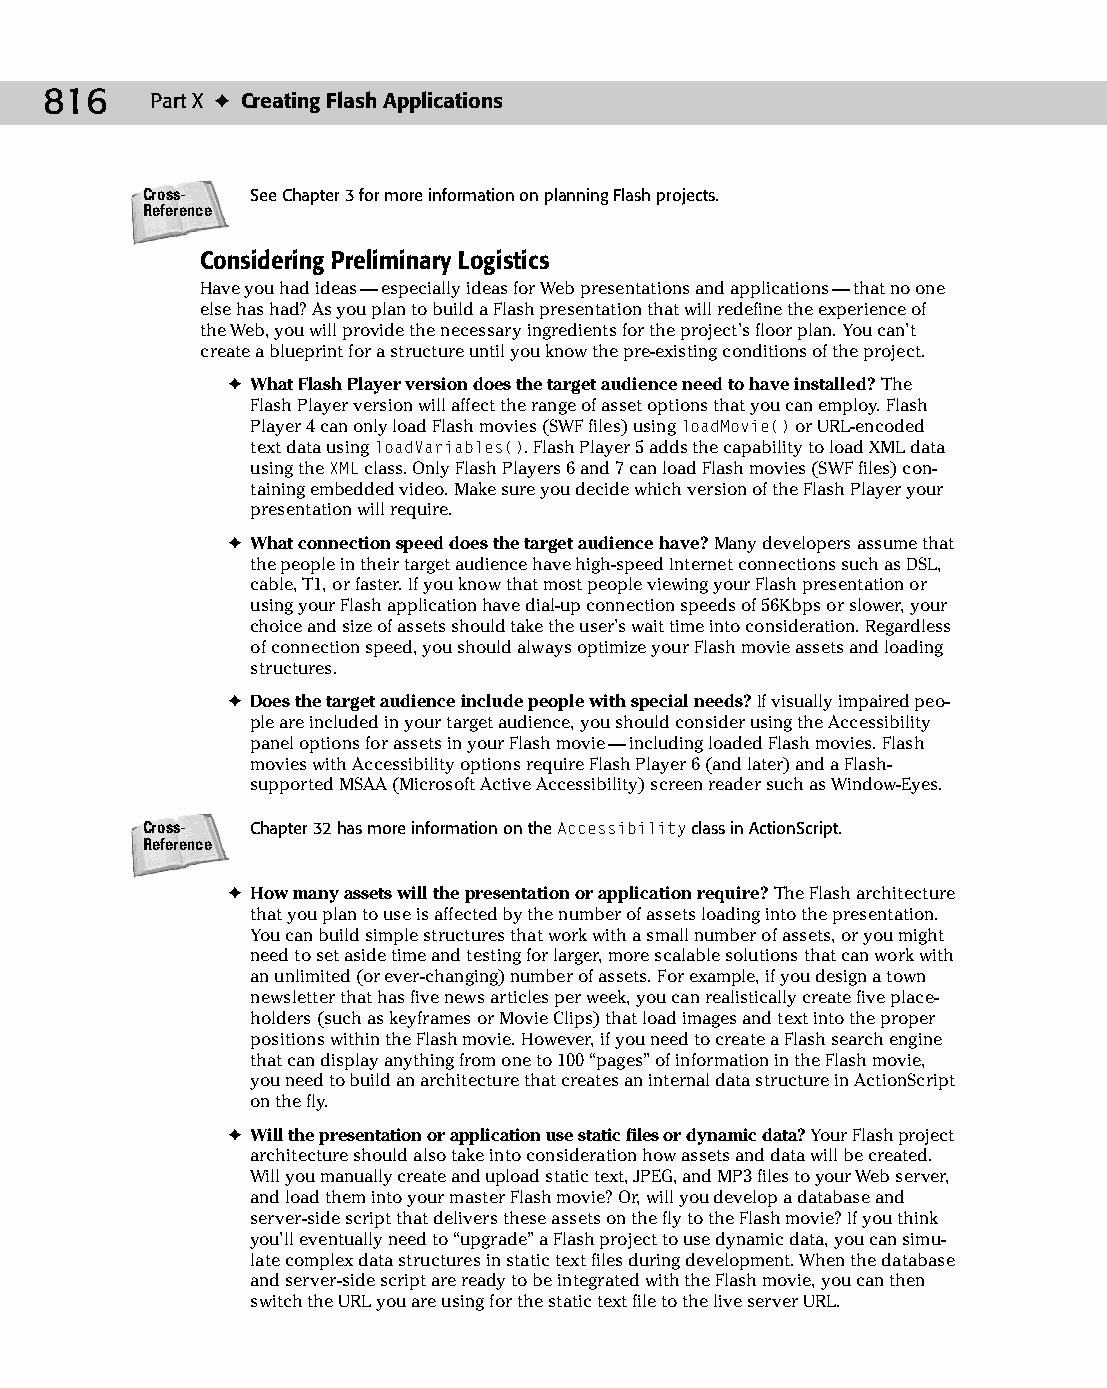
45 543547 ch34.qxd 3/24/04 4:15 PM Page 816
 816    Part X ✦ Creating Flash Applications
 Cross-  See Chapter 3 for more information on planning Flash projects.
 Reference
 Considering Preliminary Logistics
 Have you had ideas — especially ideas for Web presentations and applications — that no one
 else has had? As you plan to build a Flash presentation that will redefine the experience of
 the Web, you will provide the necessary ingredients for the project’s floor plan. You can’t
 create a blueprint for a structure until you know the pre-existing conditions of the project.
 ✦ What Flash Player version does the target audience need to have installed? The
 Flash Player version will affect the range of asset options that you can employ. Flash
 Player 4 can only load Flash movies (SWF files) using loadMovie() or URL-encoded
 text data using loadVariables(). Flash Player 5 adds the capability to load XML data
 using the XML class. Only Flash Players 6 and 7 can load Flash movies (SWF files) con­
 taining embedded video. Make sure you decide which version of the Flash Player your
 presentation will require.
 ✦ What connection speed does the target audience have? Many developers assume that
 the people in their target audience have high-speed Internet connections such as DSL,
 cable, T1, or faster. If you know that most people viewing your Flash presentation or
 using your Flash application have dial-up connection speeds of 56Kbps or slower, your
 choice and size of assets should take the user’s wait time into consideration. Regardless
 of connection speed, you should always optimize your Flash movie assets and loading
 structures.
 ✦ Does the target audience include people with special needs? If visually impaired peo­
 ple are included in your target audience, you should consider using the Accessibility
 panel options for assets in your Flash movie — including loaded Flash movies. Flash
 movies with Accessibility options require Flash Player 6 (and later) and a Flash-
 supported MSAA (Microsoft Active Accessibility) screen reader such as Window-Eyes.
 Cross-  Chapter 32 has more information on the Accessibility class in ActionScript.
 Reference
 ✦ How many assets will the presentation or application require? The Flash architecture
 that you plan to use is affected by the number of assets loading into the presentation.
 You can build simple structures that work with a small number of assets, or you might
 need to set aside time and testing for larger, more scalable solutions that can work with
 an unlimited (or ever-changing) number of assets. For example, if you design a town
 newsletter that has five news articles per week, you can realistically create five place­
 holders (such as keyframes or Movie Clips) that load images and text into the proper
 positions within the Flash movie. However, if you need to create a Flash search engine
 that can display anything from one to 100 “pages” of information in the Flash movie,
 you need to build an architecture that creates an internal data structure in ActionScript
 on the fly.
 ✦ Will the presentation or application use static files or dynamic data? Your Flash project
 architecture should also take into consideration how assets and data will be created.
 Will you manually create and upload static text, JPEG, and MP3 files to your Web server,
 and load them into your master Flash movie? Or, will you develop a database and
 server-side script that delivers these assets on the fly to the Flash movie? If you think
 you’ll eventually need to “upgrade” a Flash project to use dynamic data, you can simu­
 late complex data structures in static text files during development. When the database
 and server-side script are ready to be integrated with the Flash movie, you can then
 switch the URL you are using for the static text file to the live server URL.